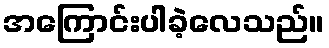
အကြောင်းပါခဲ့လေသည်။